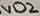
Text: VD2